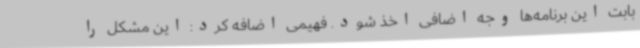
بابت این برنامه‌ها وجه اضافی اخذ شود. فهیمی اضافه کرد: این مشکل را